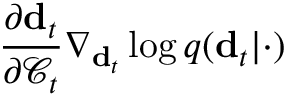
\frac { \partial \mathbf { d } _ { t } } { \partial \mathcal { C } _ { t } } \nabla _ { \mathbf { d } _ { t } } \log q ( \mathbf { d } _ { t } \vert \cdot )